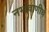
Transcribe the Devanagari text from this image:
नभोवाणीचे